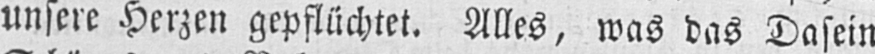
unsere Herzen gepflüchtet. Alles, was das Dasein